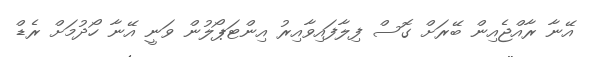
އޭނާ ރާއްޖެއިން ބޭރަށް ގޮސް ފިލާފައިވާއިރު އިންޓަޕޯލުން ވަނީ އޭނާ ހޯދުމަށް ރެޑް